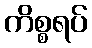
ကိစ္စရပ်